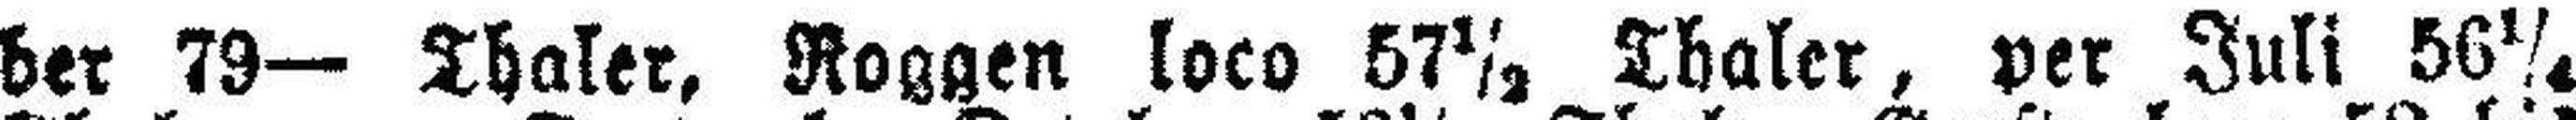
ber 79— Thaler, Roggen loco 57½ Thaler, per Juli 56¼